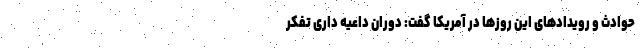
حوادث و رویدادهای این روزها در آمریکا گفت: دوران داعیه داری تفکر